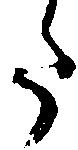
た